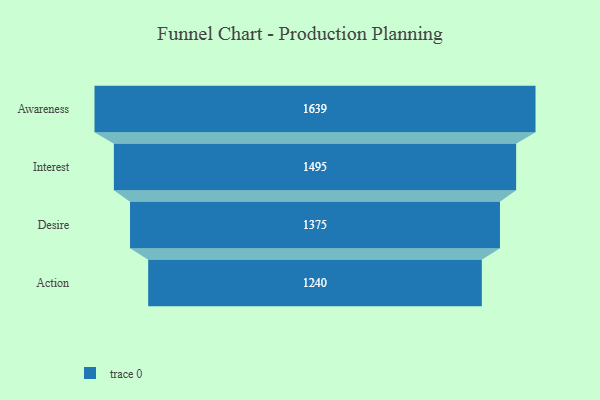
{"axis": {"x": "Stage", "y": "Value"}, "legend": [""], "data": [{"x": "Awareness", "y": 1639.0, "type": ""}, {"x": "Interest", "y": 1495.0, "type": ""}, {"x": "Desire", "y": 1375.0, "type": ""}, {"x": "Action", "y": 1240.0, "type": ""}]}